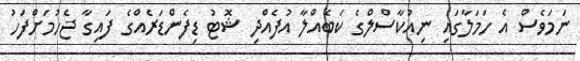
ނަމަވެސް އެ ހަމަލާގައި ނިއުކާސްލްގެ ކަބެއްލާ އުފެއްދި ޝޮޓު ޑިފެންޑަރެއްގެ ފައިގާ ޖެހުމަށްފަހު